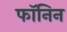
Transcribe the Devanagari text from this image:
फॉनिन